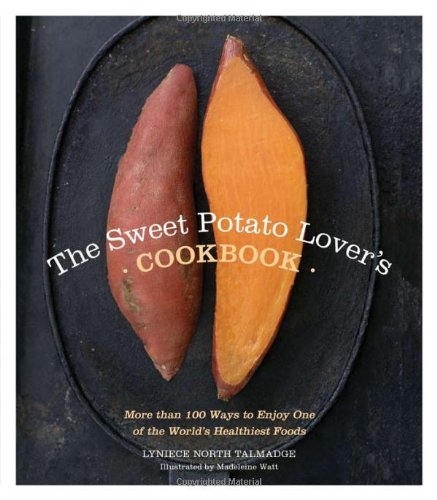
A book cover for The Sweet Potato Lover's Cookbook: More than 100 ways to enjoy one of the world's healthiest foods; Lyniece North Talmadge; Cookbooks, Food & Wine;